Lock hospitals Punjab
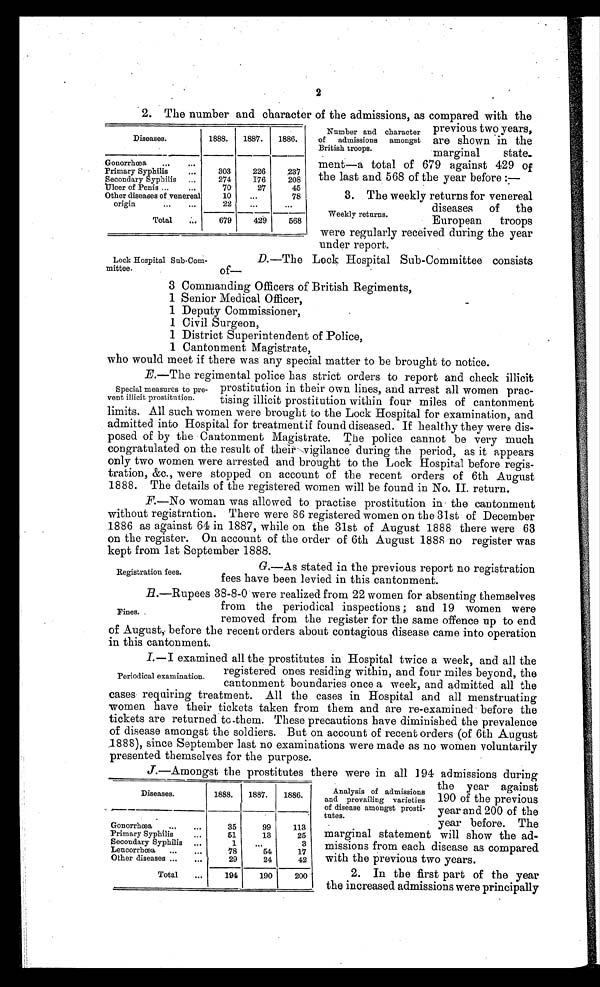
3. The weekly returns for venereal
diseases of the
European troops
were regularly received during the year
under report.
Weekly returns.
2. The number and character of the admissions, as compared with the
previous two years,
are shown in the
marginal
state-
Ment—a total of 679 against 429 Of
the last and 568 of the year before :—
Diseases.
1888.
1887.
1886.
Gonorrhœa
...
...
Primary Syphilis
...
303
226
237
Secondary Syphilis ...
274
176
208
Ulcer of Penis ...
...
70
27
45
Other diseases of venereal
10
...
78
origin
...
...
22
...
. . .
Total
...
679
429
568
2
Number and character
of admissions amongst
British troops.
Lock Hospital Sab-Coni-
mittee.
D.—The Lock Hospital Sub-Committee consists
Of
3 Commanding Officers of British Regiments
1 Senior Medical Officer,
1 Deputy Commissioner,
1 C i v i l S u r g e o n ,
1 District Superintendent of Police,
1 Cantonment Magistrate,
who would meet if there was any special matter to be brought to notice.
E. —The regimental police has strict orders to report and check illicit
prostitution in their own lines, and arrest all women prac-
tising illicit prostitution within four miles of cantonment
limits. All such women were brought to the Lock Hospital for examination, and
admitted into Hospital for treatmentif found diseased. If healthy they were dis-
posed of by the Cantonment Magistrate. The police cannot be very much
congratulated on the result of their vigilance during the period, as it appears
only two women were arrested and brought to the Lock Hospital before regis-
tration, &c., were stopped on account of the recent orders of 6th August
1888. The details of the registered women will be found in No. II. return.
F. —No woman was allowed to practise prostitution in the cantonment
without registration. There were 86 registered women on the 31st of December
1886 as against 64 in 1887, while on the 31st of August 1888 there were 63
on the register. On account of the order of 6th August 1888 no register was
kept from 1st September 1888.
Special measures to pre-
vent illicit prostitution.
Registration fees.
G.—As stated in the previous report no registration
fees have been levied in this cantonment.
R.—Rupees 38-8-0 were realized from 22 women for absenting themselves
from the periodical inspections ; and 19 women were
removed from the register for the same offence up to end
of August,. before the recent orders about contagious disease came into operation
in this cantonment.
I. — I examined all the prostitutes in Hospital twice a week, and all the
registered ones residing within, and four miles beyond, the
cantonment boundaries once a week, and admitted all the
cases requiring treatment. All the cases in Hospital and all menstruating
women have their tickets taken from them and are re-examined before the
tickets are returned tc.them. These precautions have diminished the prevalence
of disease amongst the soldiers. But on account of recent orders (of 6th August
1888), since September last no examinations were made as no women voluntarily
presented themselves for the purpose.
Diseases
1888.
1887.
1886.
Gonorrhœa
...
...
35
99
113
Primary Syphilis
...
51
13
25
Secondary Syphilis ...
1
...
3
Leucorrhœa
...
. . .
78
54
17
Other diseases ...
...
29
24
42
Total
. . .
194
190
200
Fines.
Periodical examination.
J.—Amongst the prostitutes there were in all 194 admissions during
the year against
190 of the previous
year and 200 of the
year before. The
marginal statement will show the ad-
missions from each disease as compared
with the previous two years.
2. In the first part of the year
the increased admissions were principally
Analysis of Admissions
and prevailing varieties
of disease amongst prosti-
tutes.